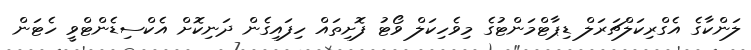
ލަންކާގެ އެގްރިކަލްޗަރަލް ޑިޕާޓްމަންޓުގެ މިވެހިކަލް ވޯޓު ފޮށިތައް ހިފައިގެން ދަނިކޮށް އެކްސިޑެންޓްވީ ހެޓަން